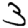
Digit: 3